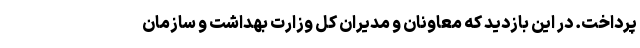
پرداخت. در این بازدید که معاونان و مدیران کل وزارت بهداشت و سازمان